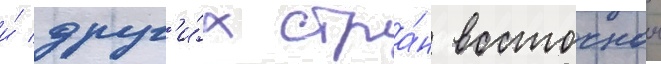
и́ друг'и́х стра́н восточнои